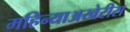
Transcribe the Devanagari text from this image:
महिन्याअखेरीस